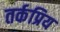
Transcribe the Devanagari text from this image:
तर्कप्रिय